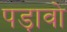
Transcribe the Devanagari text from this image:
पड़ावो